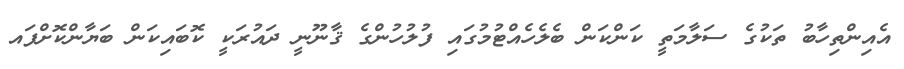
އެއިންތިހާބު ތަކުގެ ސަލާމަތީ ކަންކަން ބެލެހެއްޓުމުގައި ފުލުހުންގެ ޤާނޫނީ ދައުރަކީ ކޮބައިކަން ބަޔާންކޮށްފައ